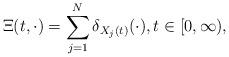
LaTeX: \begin{align*} \Xi (t, \cdot) = \sum_{j=1}^N \delta_{X_j(t)}(\cdot), t \in [0, \infty),\end{align*}